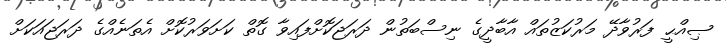
ޞިއްޙީ ފަރުވާދޭ މަރުކަޒުތައް އާބާދީގެ ނިސްބަތުން ދަރަޖަކޮށްފައިވާ ގޮތް ކަށަވަރުކޮށް އެތަނެއްގެ ދަރަޖައަކަށް